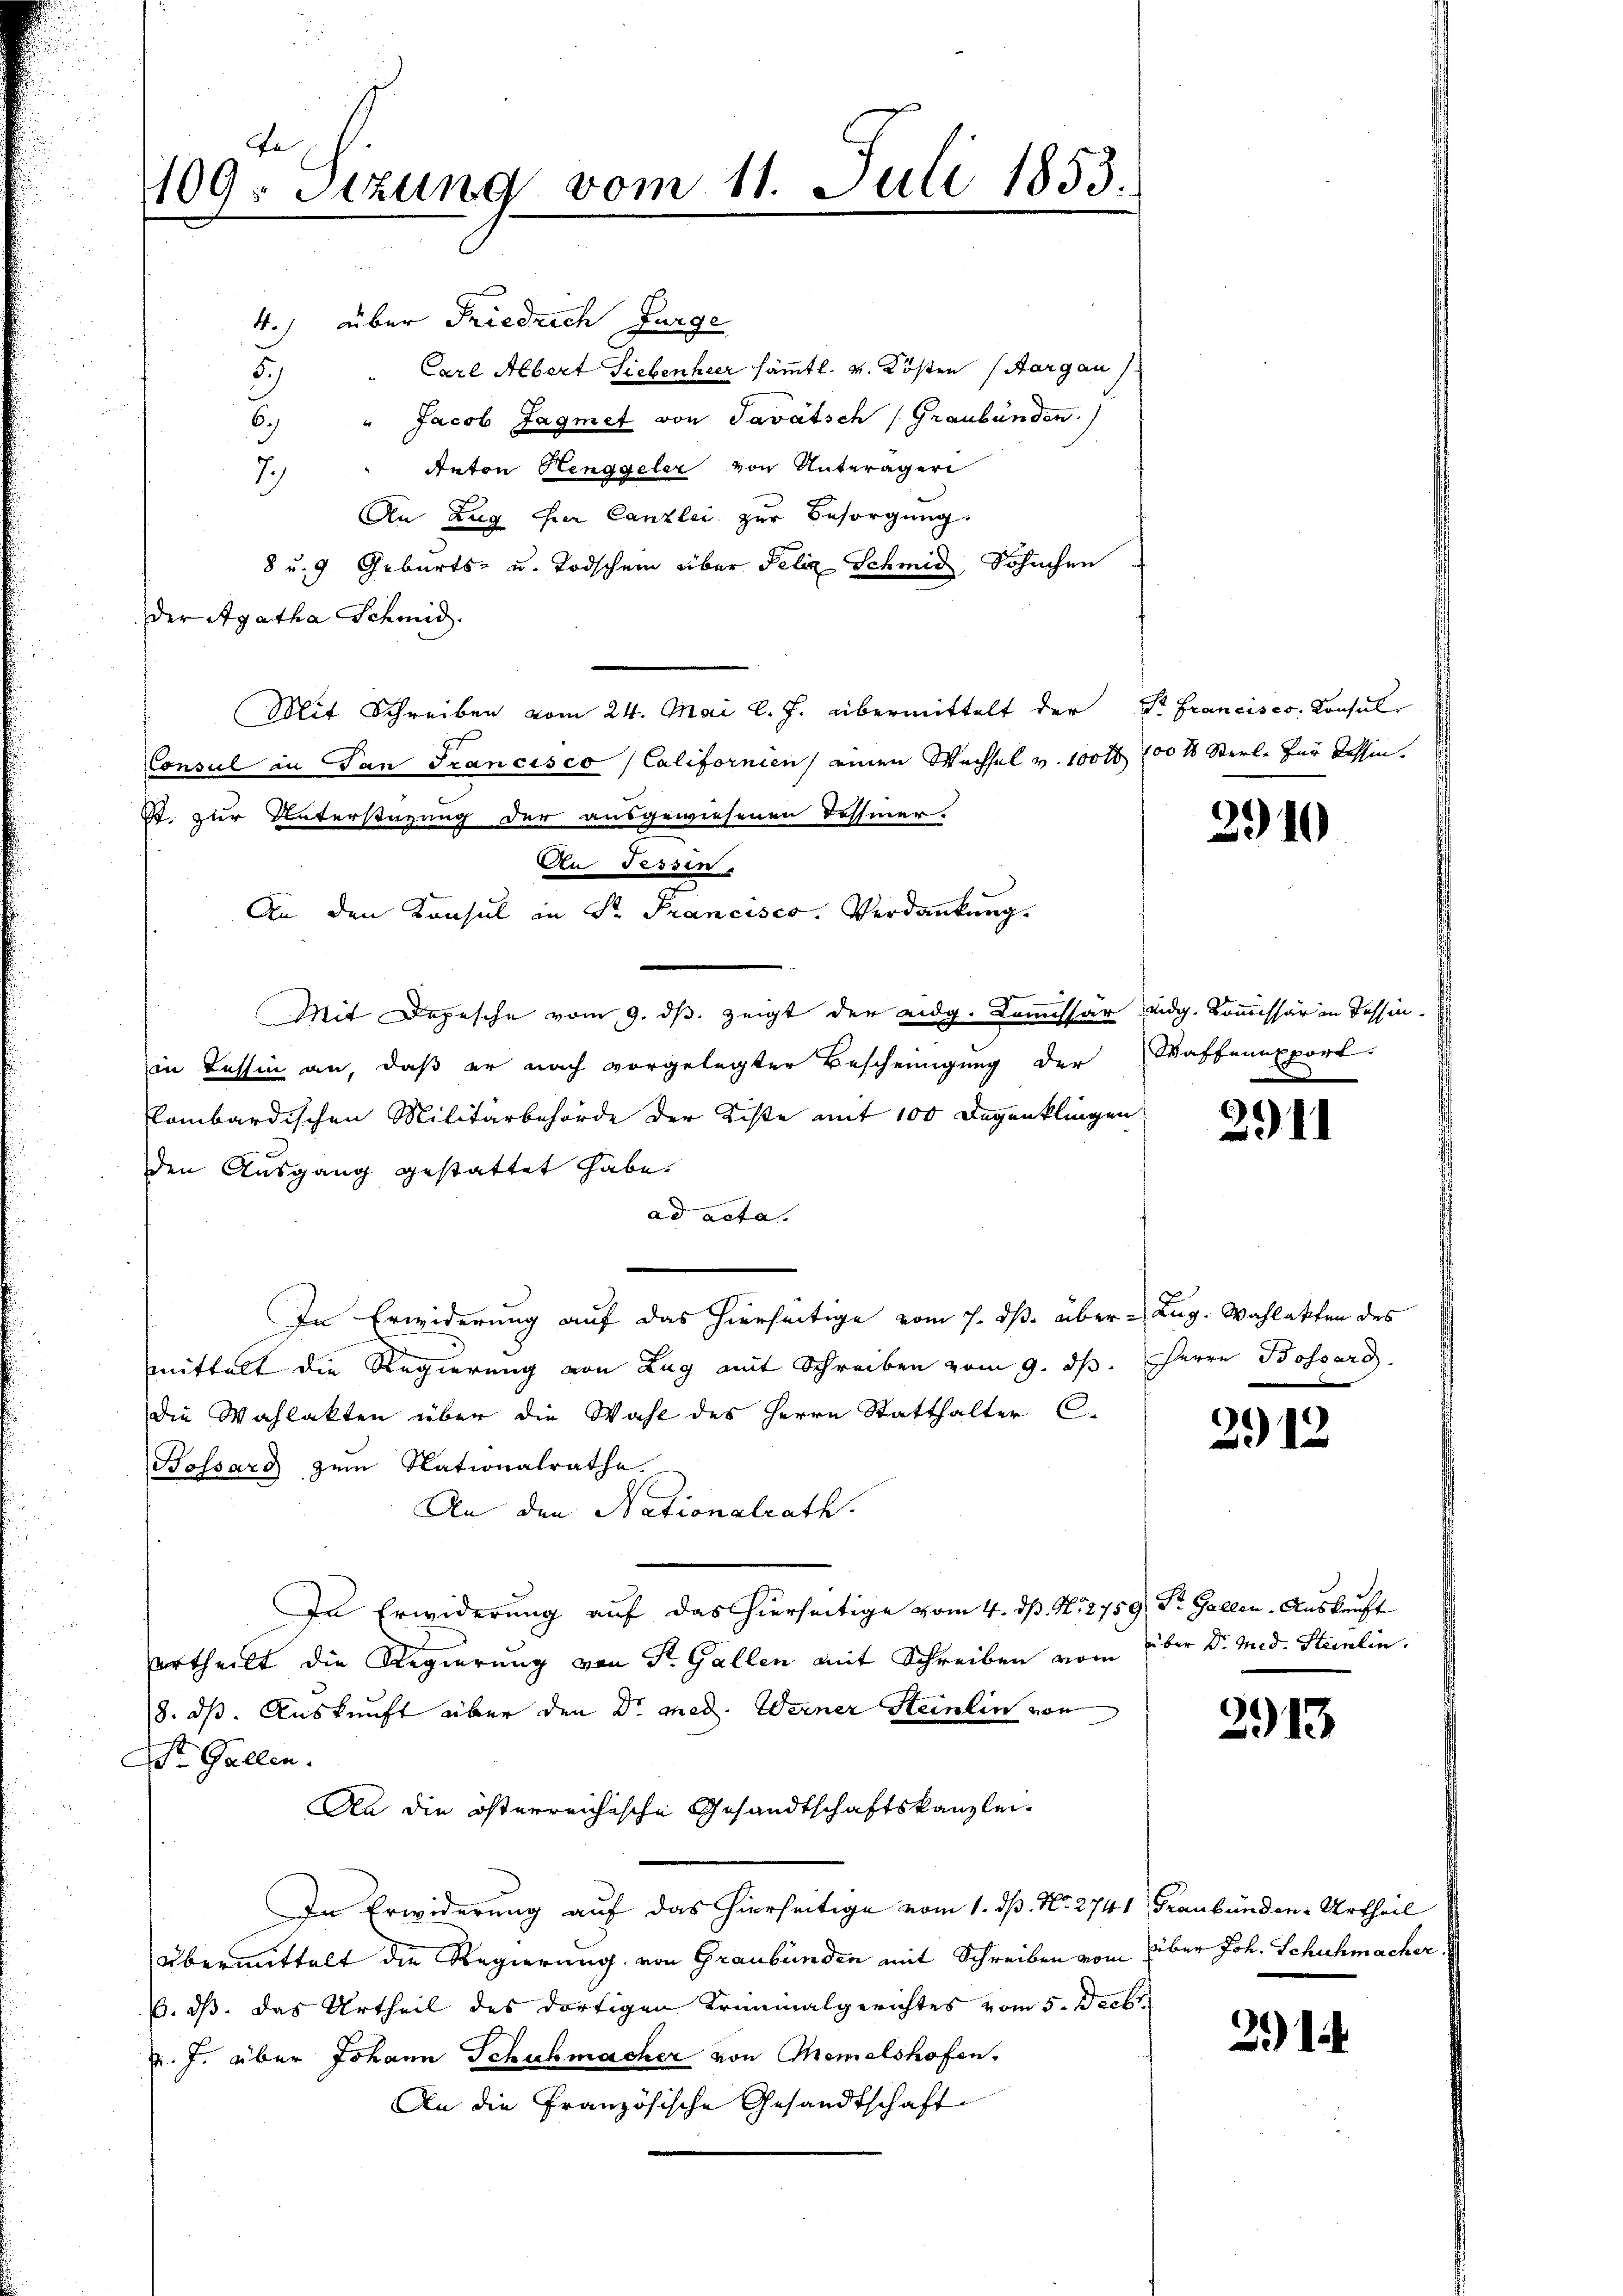
109. Sizung vom 11. Juli 1853.

4.) über Friedrich Furge
5.) " Carl Albert Siebenhier sämmtl. v. Kosten (Aargau
6.) " Jacob Sagmet von Savatsch (Graubünden.
Anton Henggeler von Unterägeri
2.)
An Zug der Canzlei zur Besorgung
8 u. 9 Geburts- u. Todschein über Felix Schmid, Schuchen
der Agatha Schmid.
Mit Schreiben vom 24. Mai l. J. übermittelt der Dr. Francises Konsul
Consul in San Francisco / Californien einen Wachsel v. 100 f 100 % Sterl. für Tessin.
. zur Unterstüzung der ausgewiesenen Fessiner-
An dessen.
An den Konsul in Sr. Francisco. Verdankung.
Mit Depesche vom 9. ds. zeigt der eidg. Kommissär eidg. Kommissär in Tessinin Tessin an, daß er nach vorgelegter Bescheinigung der Waffenapport.
kombardischen Militärbehörde der Liste mit 100 Degenklingen
den Ausgang gestattet habe.
ad acta.
In Erwiderung auf das hierseitige vom 7. ds. über - Aug. Wahlakten des
mittelt die Regierung von Lag mit Schreiben vom 9. ds. Herrn Bossard.
die Wahlakten über die Wahl des Herrn Statthalter C.
Hossard zum Nationalrathe
An den Nationalrath.
In Erwiderung auf das hierseitige vom 4. dß. N. 2759. St. Gallen. Auskunft
ertheilt die Regierung von St. Gallen mit Schreiben vom über Dr. Med. Steinlin.
8. dß. Auskunft über den Dr. med. Werner Steinlin von
Dr. Gallen.
An die österreichische Gesandtschaftskanzlei-
In Erwiderung auf das hierseitige vom 1. dß. No. 2741 Graubünden Urtheil
Übermittelt die Regierung von Graubünden mit Schreiben vom über Joh. Schuhmacher,
6. ds. das Urtheil des dortigen Kriminalgerichtes vom 5. Decb
v. J. über Johann Schuhmacher von Memelshofen.
An die Französische Gesandtschaft

2910

2911

291.

.

2913

211.